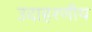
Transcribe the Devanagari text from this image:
उदाहरणीय